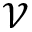
\mathcal { V }